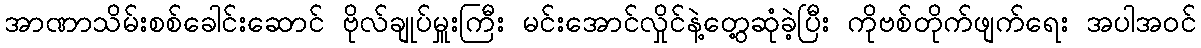
အာဏာသိမ်းစစ်ခေါင်းဆောင် ဗိုလ်ချုပ်မှူးကြီး မင်းအောင်လှိုင်နဲ့တွေ့ဆုံခဲ့ပြီး ကိုဗစ်တိုက်ဖျက်ရေး အပါအဝင်